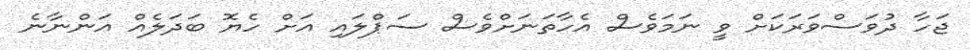
ޖަހާ ދުވަސްވަރަކަށް ވީ ނަމަވެސް އެހާތަނަށްވެސް ސަޕްލައި އަށް ހެޔޮ ބަދަލެއް އަންނާނެ